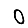
Digit: 0